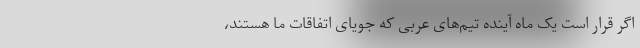
اگر قرار است یک ماه آینده تیم‌های عربی که جویای اتفاقات ما هستند،